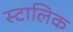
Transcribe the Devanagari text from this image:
स्टालिक